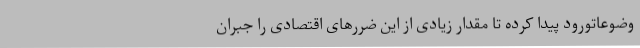
وضوعاتورود پیدا کرده تا مقدار زیادی از این ضررهای اقتصادی را جبران